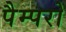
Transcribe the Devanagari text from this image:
पैम्परो